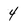
Character: 4